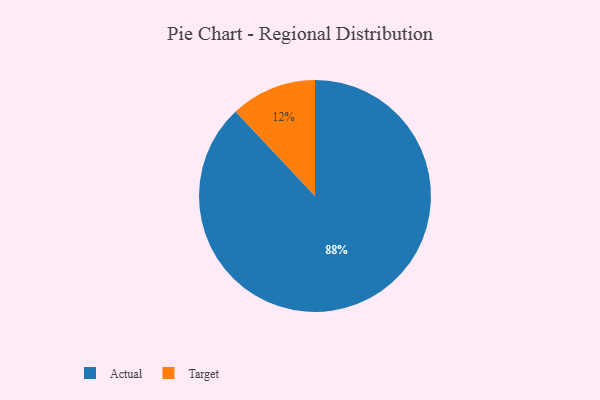
{"axis": {"x": "Category", "y": "Percentage"}, "legend": ["Actual", "Target"], "data": [{"x": "Actual", "y": 88, "type": "Actual"}, {"x": "Target", "y": 12, "type": "Target"}]}